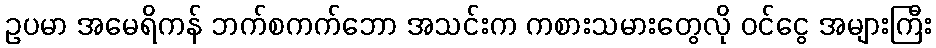
ဥပမာ အမေရိကန် ဘက်စကက်ဘော အသင်းက ကစားသမားတွေလို ဝင်ငွေ အများကြီး